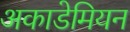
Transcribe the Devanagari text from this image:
अकाडेमियन